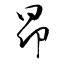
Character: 昻